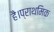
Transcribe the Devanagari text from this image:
है।प्राथमिक